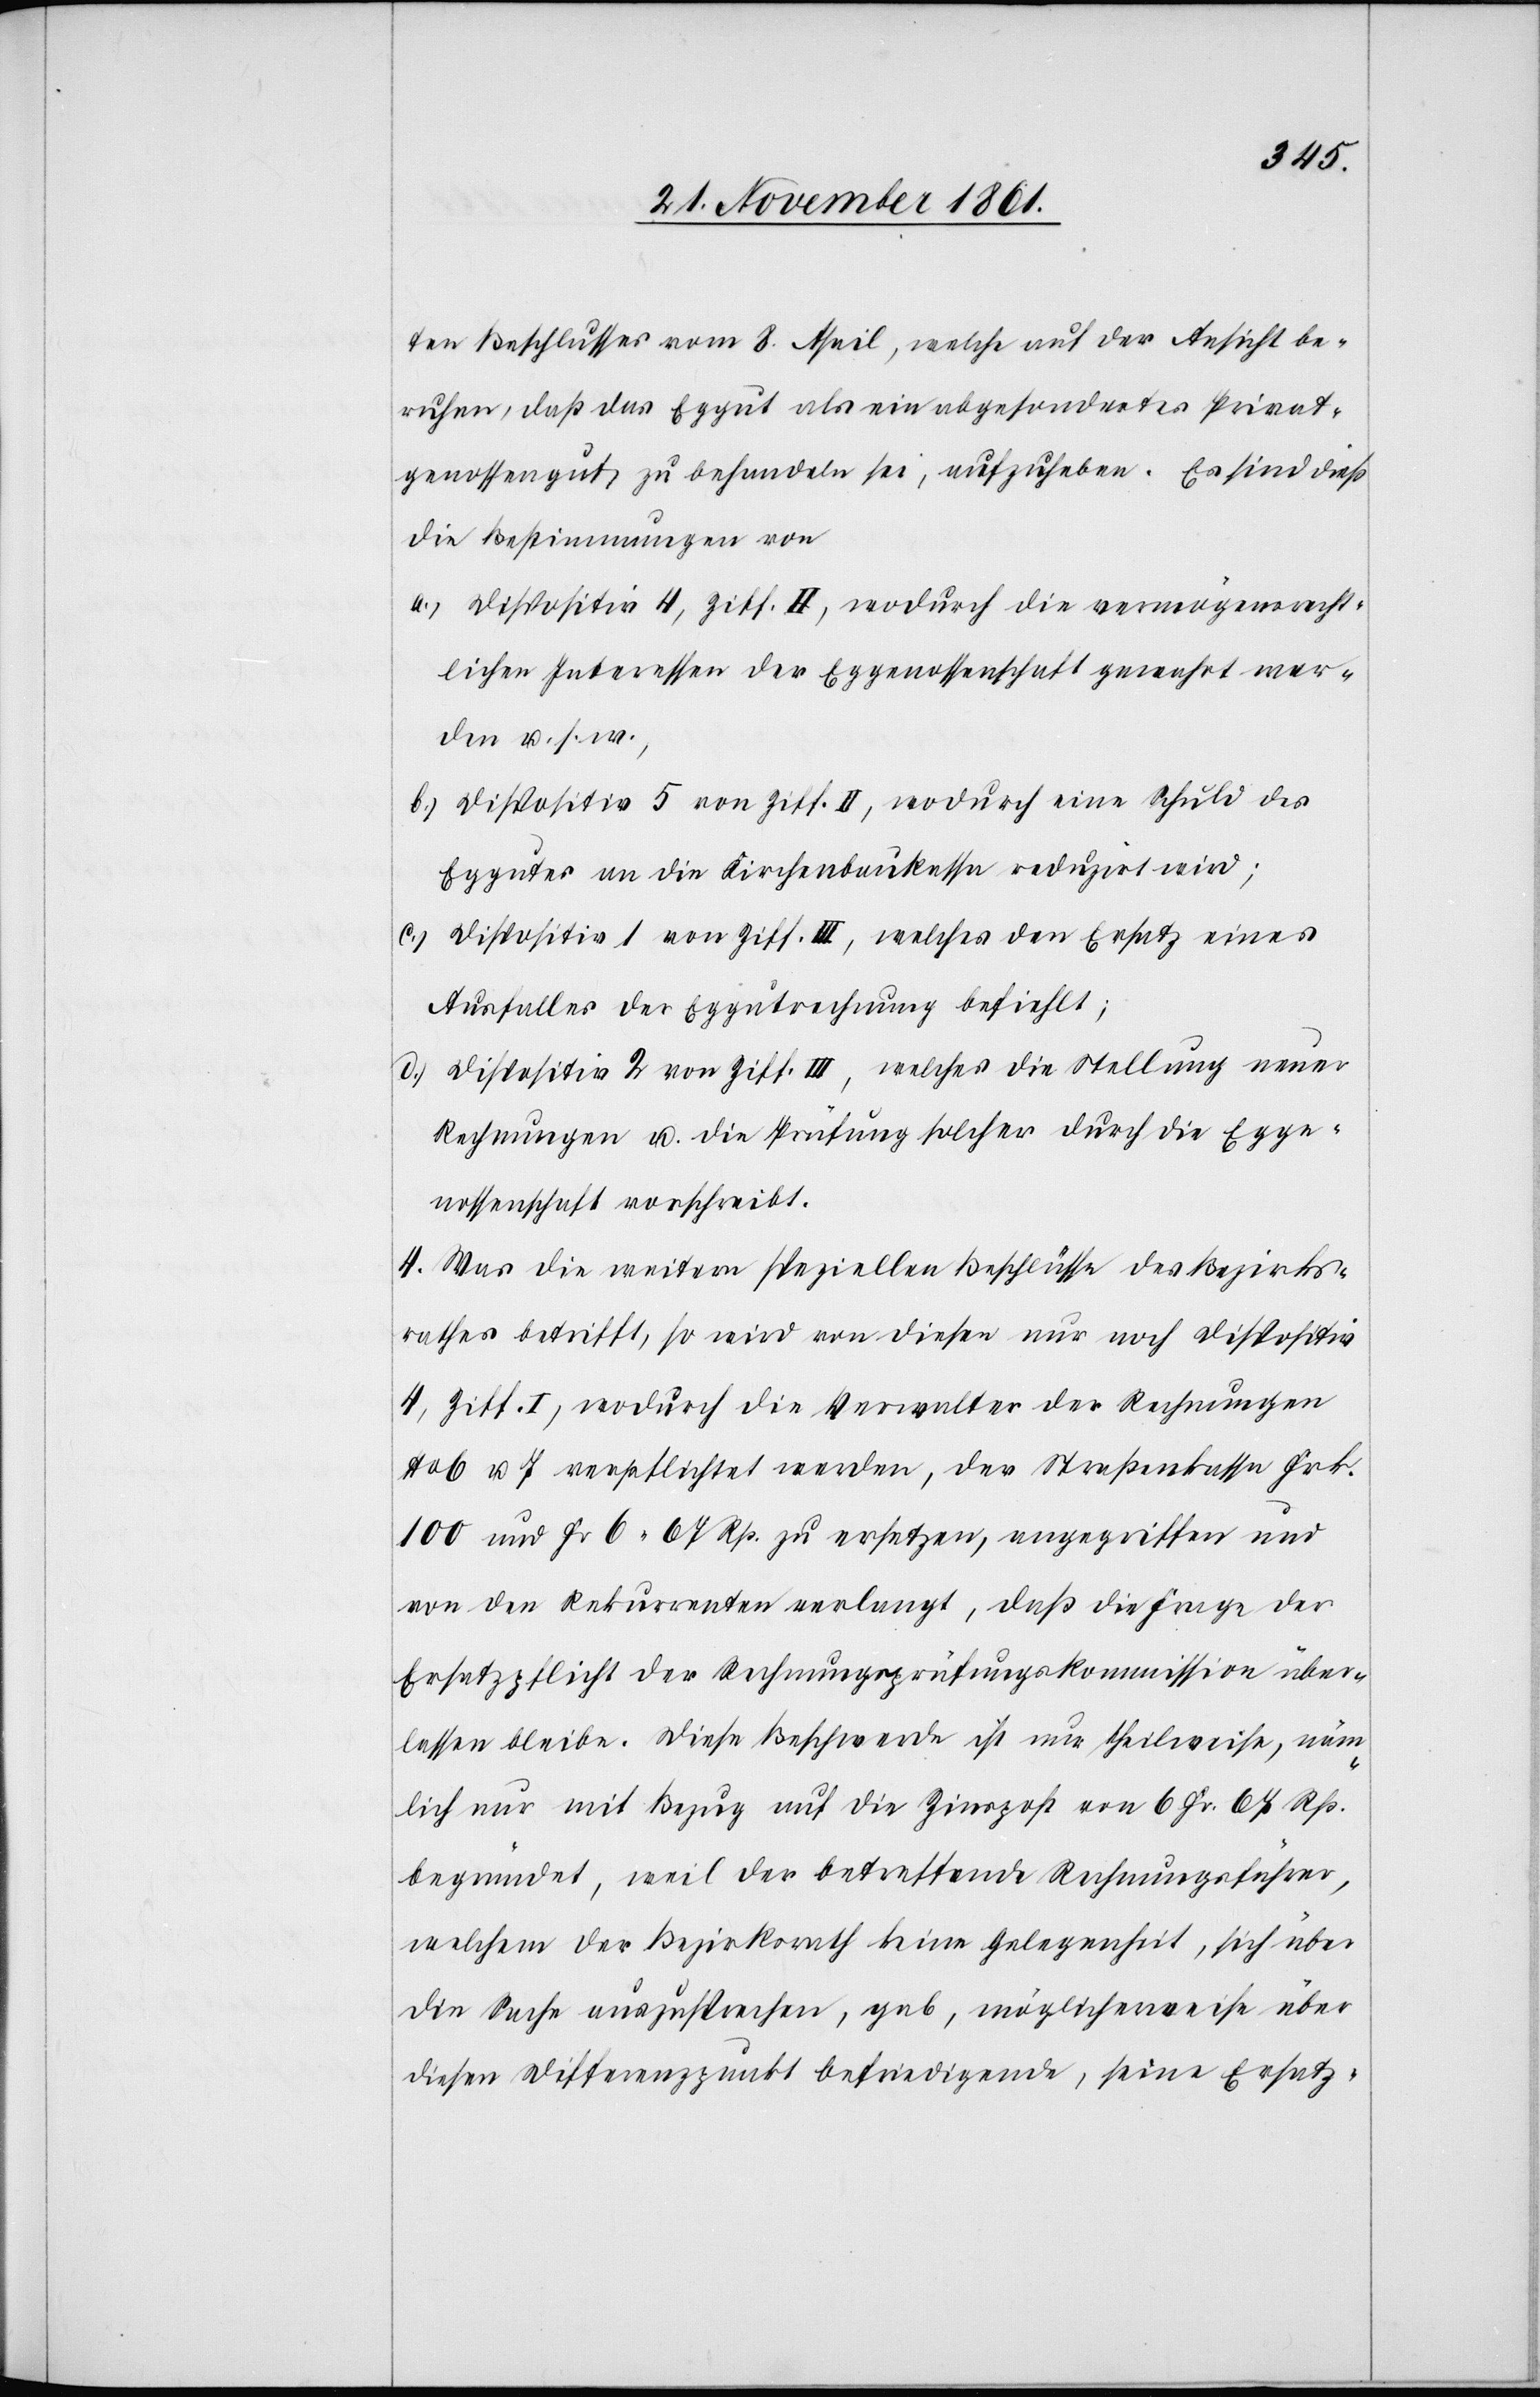
über¬
ten Beschlusses vom 8 April, welche auf der Ansicht be¬
ruhen, daß das Eggut als ein abgesondertes Privat¬
genossengut zu behandeln sei, aufzuheben. Es sind dies
die Bestimmungen von
a.) Dispositiv 4, Ziff. II, wodurch die vermögensrecht¬
lichen Interessen der Eggenossenschaft gewahrt wer¬
den u. s. w.,
b.) Dispositiv 5 von Ziff. II, wodurch eine Schuld des
Eggutes an die Kirchenbaukassa reduzirt wird;
c.) Dispositiv 1 von Ziff. III, welches dem Ersatz eines
Ausfalles der Eggutrechnung befiehlt;
d.) Dispositiv 2 von Ziff. III, welches die Stellung neuer
Rechnungen u. die Prüfung solcher durch die Egge¬
nossenschaft vorschreibt.
4. Was die weitern speziellen Beschlüsse des Bezirks¬
rathes betrifft, so wird von diesem nur noch Dispositiv
4, Ziff I, wodurch die Verwalter der Rechnungen
6 u. 7 verpflichtet werden, der Straßenkassa Frk.
100 und Fr. 6.67 Rp. zu ersetzen, angegriffen und
von den Rekurrenten verlangt, daß die Frage der
lassen bleibe. Diese Beschwerde ist nur theilweise, näm¬
lich nur mit Bezug auf die Zinspost von 6 Fr. 67 Rp.
begründet, weil der betreffende Rechnungsführer,
welchem der Bezirksrath keine Gelegenheit, sich über
die Sache auszusprechen, gab, möglicherweise über
diesen Differenzpunkt befriedigende, seine Ersatz-